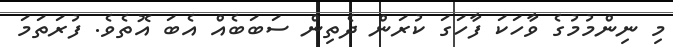
މި ނިންމުމުގެ ވާހަކަ ފާހަގަ ކުރަން ދެތިން ސަބަބެއް އެބަ އޮތެވެ. ފުރަތަމަ